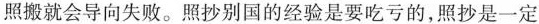
照搬就会导向失败。照抄别国的经验是要吃亏的，照抄是一定